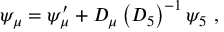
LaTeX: \psi _ { \mu } = \psi _ { \mu } ^ { \prime } + { \cal D } _ { \mu } \left( { \cal D } _ { 5 } \right) ^ { - 1 } \psi _ { 5 } \ ,